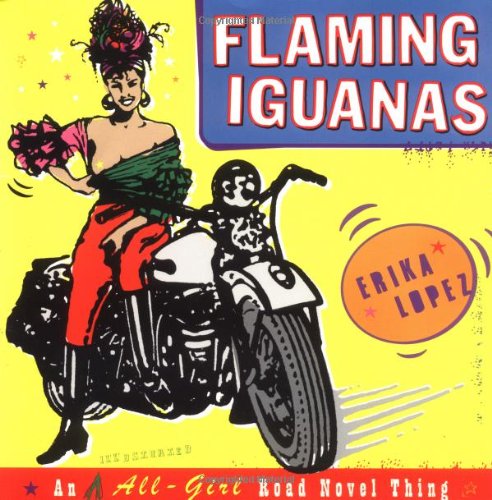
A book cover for Flaming Iguanas: An Illustrated All-Girl Road Novel Thing; Erika Lopez; Literature & Fiction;